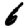
Digit: 6